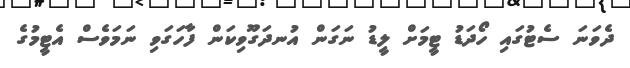
ދެވަނަ ސެޓުގައި ހޯދަޑު ޓީމަށް ލީޑު ނަގަން އުނދަގޫވިކަން ފާހަގަވި ނަމަވެސް އެޓީމުގެ